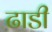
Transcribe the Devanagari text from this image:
ढाडी